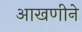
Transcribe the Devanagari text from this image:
आखणीने